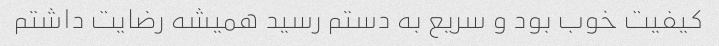
کیفیت خوب بود و سریع به دستم رسید همیشه رضایت داشتم